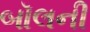
બૉલની